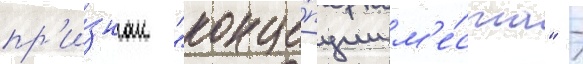
пр'и́знак "конце́пции м'е́ста" -